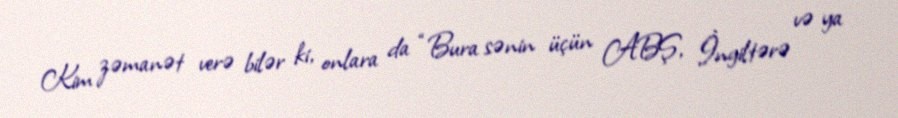
Kim zəmanət verə bilər ki, onlara da “Bura sənin üçün ABŞ, İngiltərə və ya